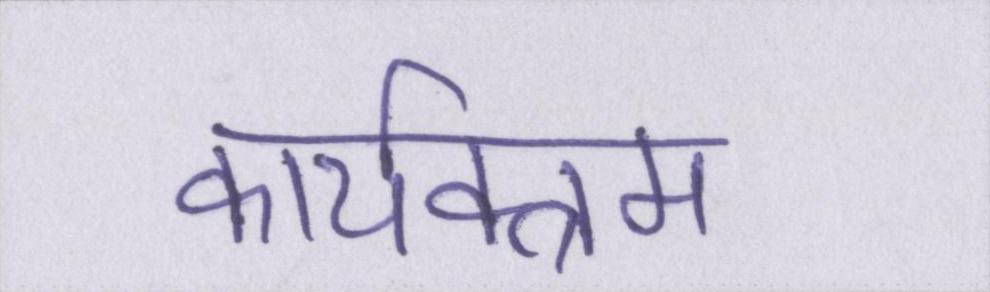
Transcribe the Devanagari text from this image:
कार्यक्त्रम